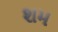
શમ